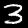
Label: 3